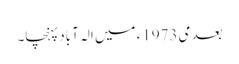
بعد می1973ء میں الہ آباد پہنچا۔